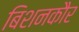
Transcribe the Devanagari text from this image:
बिशनकौर